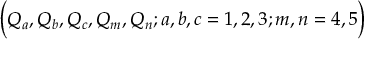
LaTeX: \Bigr ( Q _ { a } , Q _ { b } , Q _ { c } , Q _ { m } , Q _ { n } ; a , b , c = 1 , 2 , 3 ; m , n = 4 , 5 \Bigl )